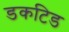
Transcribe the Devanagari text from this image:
डकटिड